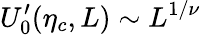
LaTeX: U_{0}^{\prime}(\eta_{c},L)\sim L^{1/\nu}